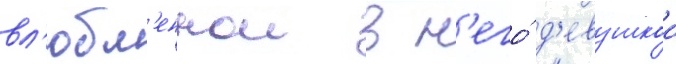
вл'юбл'еннои в н'его́ д'евушкои